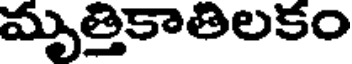
మృత్తికాతిలకం